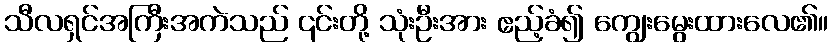
သီလရှင်အကြီးအကဲသည် ၎င်းတို့ သုံးဦးအား ဧည့်ခံ၍ ကျွေးမွေးထားလေ၏။